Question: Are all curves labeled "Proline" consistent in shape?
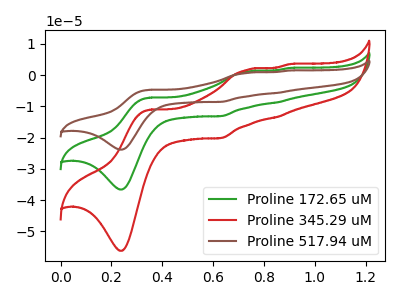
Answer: <think>The green curve "Proline 172.65 uM" has anodic peaks at (0.35V, -7.20uA) (0.75V, 1.15uA) (0.85V, -8.75uA) (0.90V, 2.30uA) and cathodic peaks at (0.25V, -36.60uA) (0.65V, -13.10uA). The red curve "Proline 345.29 uM" has anodic peaks at (0.35V, -11.05uA) (0.75V, 1.75uA) (0.85V, -13.45uA) (0.90V, 3.50uA) and cathodic peaks at (0.25V, -56.25uA) (0.65V, -20.15uA). The brown curve "Proline 517.94 uM" has anodic peaks at (0.35V, -14.40uA) (0.75V, 2.30uA) (0.85V, -17.50uA) (0.90V, 4.60uA) and cathodic peaks at (0.25V, -73.25uA) (0.65V, -26.25uA).
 "Proline 172.65 uM" and "Proline 345.29 uM" have at least one peak that do not match. "Proline 172.65 uM" and "Proline 517.94 uM" have at least one peak that do not match. "Proline 345.29 uM" and "Proline 517.94 uM" have at least one peak that do not match.</think>
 <answer>All the CV's of "Proline" have similar shape.</answer>
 <eval>follow_rule</eval>